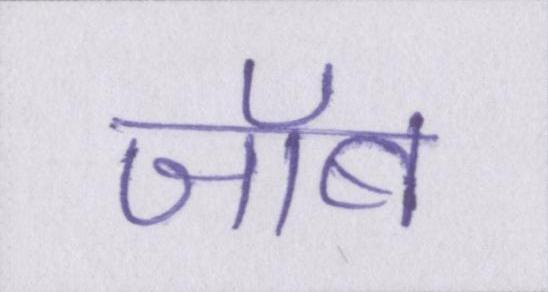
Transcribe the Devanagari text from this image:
जॉब